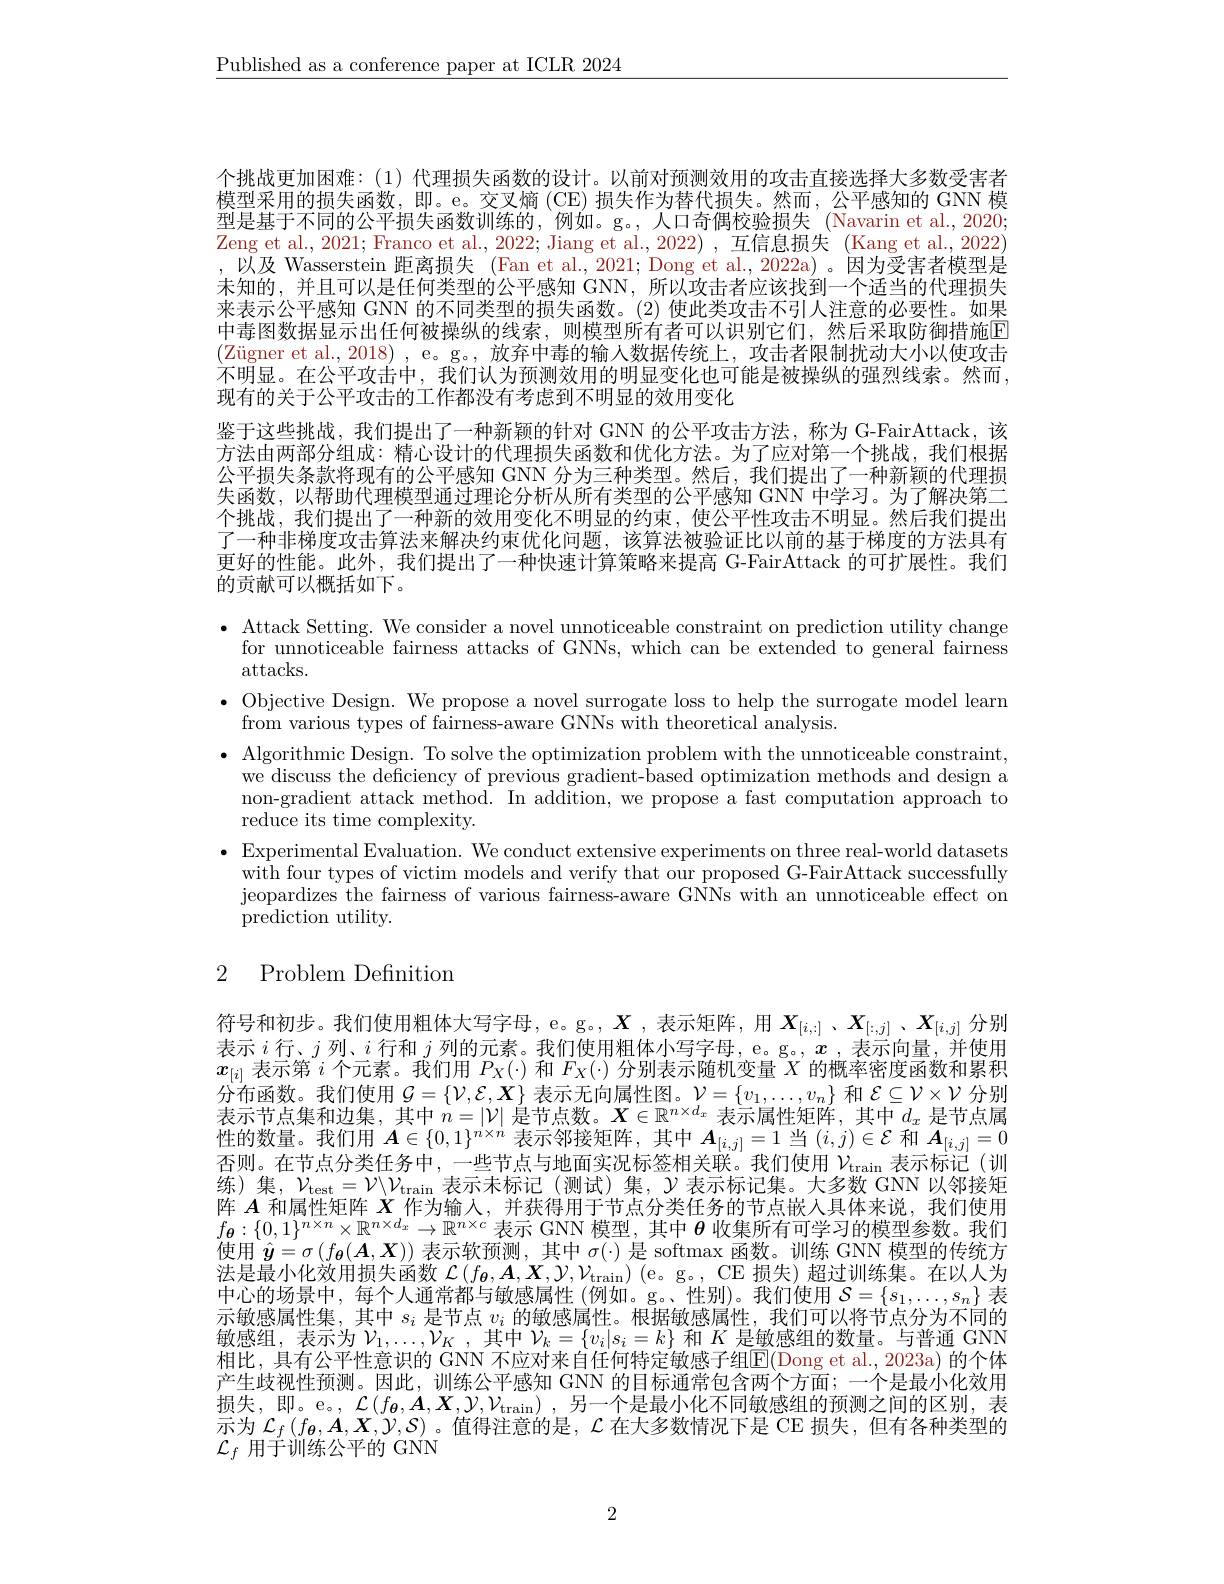
$\underline{\text{Published as a conference paper at ICLR 2024}}$

个挑战更加困难：(1)代理损失函数的设计。以前对预测效用的攻击直接选择大多数受害者模型采用的损失函数，即。e。交叉熵(CE)损失作为替代损失。然而，公平感知的 GNN 模型是基于不同的公平损失函数训练的，例如。g。,人口奇偶校验损失 (Navarin et al., 2020; Zeng et al., 2021; Franco et al., 2022; Jiang et al., 2022) , 互信息损失 (Kang et al., 2022) ,以及 Wasserstein 距离损失 (Fan et al., 2021; Dong et al., 2022a)。因为受害者模型是未知的，并且可以是任何类型的公平感知 GNN,所以攻击者应该找到一个适当的代理损失来表示公平感知 GNN 的不同类型的损失函数。(2) 使此类攻击不引人注意的必要性。如果中毒图数据显示出任何被操纵的线索，则模型所有者可以识别它们，然后采取防御措施$\color{red}{\mathrm{E}}$ (Zügner et al.,2018) , e。g。, 放弃中毒的输入数据传统上，攻击者限制扰动大小以使攻击不明显。在公平攻击中，我们认为预测效用的明显变化也可能是被操纵的强烈线索。然而， 现有的关于公平攻击的工作都没有考虑到不明显的效用变化
鉴于这些挑战，我们提出了一种新颖的针对 GNN 的公平攻击方法，称为 G-FairAttack,该方法由两部分组成：精心设计的代理损失函数和优化方法。为了应对第一个挑战，我们根据公平损失条款将现有的公平感知 GNN 分为三种类型。然后，我们提出了一种新颖的代理损失函数，以帮助代理模型通过理论分析从所有类型的公平感知 GNN 中学习。为了解决第二个挑战，我们提出了一种新的效用变化不明显的约束，使公平性攻击不明显。然后我们提出了一种非梯度攻击算法来解决约束优化问题，该算法被验证比以前的基于梯度的方法具有更好的性能。此外，我们提出了一种快速计算策略来提高 G-FairAttack 的可扩展性。我们的贡献可以概括如下。

$\bullet$ Attack Setting. We consider a novel unnoticeable constraint on prediction utility change
for unnoticeable fairness attacks of GNNs, which can be extended to general fairness
$\operatorname{attacks.}$
$\bullet$ Objective Design. We propose a novel surrogate loss to help the surrogate model learn
from various types of fairness-aware GNNs with theoretical analysis.
$\bullet$ Algorithmic Design. To solve the optimization problem with the unnoticeable constraint,
we discuss the deficiency of previous gradient-based optimization methods and design a non-gradient attack method. In addition, we propose a fast computation approach to reduce its time complexity.
$\bullet$ Experimental Evaluation. We conduct extensive experiments on three real-world datasets
with four types of victim models and verify that our proposed G-FairAttack successfully jeopardizes the fairness of various fairness-aware GNNs with an unnoticeable effect on prediction utility.

# 2 Problem Definition

符号和初步。我们使用粗体大写字母，e。g。$X$ ,表示矩阵，用$X_{[i,:]}$ 、$X_{[i,j]}$ 、$X_{[i,j]}$分别表示$i$行、$j$列、$i$行和$j$列的元素。我们使用粗体小写字母，e。g。$,x$ ,表示向量，并使用$x_{[i]}$表示第$i$个元素。我们用$P_X(\cdot)$和$F_X(\cdot)$分别表示随机变量$X$的概率密度函数和累积分布函数。我们使用$\mathcal{G}=\left\{\mathcal{V},\mathcal{E},\boldsymbol{X}\right\}$表示无向属性图。$\mathcal{V}=\left\{v_1,\ldots,v_n\right\}$和$\mathcal{E}\subseteq\mathcal{V}\times\mathcal{V}$分别表示节点集和边集，其中$n=|\mathcal{V}|$是节点数。$\boldsymbol X\in\mathbb{R}^n\times d_x$表示属性矩阵，其中$d_x$是节点属性的数量。我们用$A\in\{0,1\}^{n\times n}$表示邻接矩阵，其中$A_[i,j]=1$当$(i,j)\in\mathcal{E}$和$A_{[i,j]}=0$ 否则。在节点分类任务中，一些节点与地面实况标签相关联。我们使用$\nu_\mathrm{train}$表示标记(训练)集，$\mathcal{V} _\mathrm{test}= \mathcal{V} \backslash \mathcal{V} _\mathrm{train}$表示未标记(测试)集，$\mathcal{Y}$表示标记集。大多数 GNN 以邻接矩阵$A$和属性矩阵$X$作为输入，并获得用于节点分类任务的节点嵌人具体来说，我们使用$f_{\boldsymbol{\theta}}:\{0,1\}^{n\times n}\times\mathbb{R}^{n\times d_x}\to\mathbb{R}^{n\times c}$表示 GNN 模型，其中$\boldsymbol{\theta}$收集所有可学习的模型参数。我们使用$\hat{\boldsymbol{y}}=\sigma\left(f_{\boldsymbol{\theta}}(\boldsymbol{A},\boldsymbol{X})\right)$表示软预测，其中$\sigma(\cdot)$是 softmax 函数。训练 GNN 模型的传统方$\bar {\text{法 是 最 小 化 效 用 损 失 函 数 }\mathcal{L} }( f_{\boldsymbol{\theta }}, \boldsymbol{A}, \boldsymbol{X}, \mathcal{V} , \mathcal{V} _{\mathrm{train}})$(e。g。,CE 损失)超过训练集。在以人为中心的场景中，每个人通常都与敏感属性 (例如。g。性别)。我们使用$\mathcal{S}=\{s_1,\ldots,s_n\}$表示敏感属性集，其中$s_i$是节点$v_i$的敏感属性。根据敏感属性，我们可以将节点分为不同的敏感组，表示为$\mathcal{V}_1,\ldots,\mathcal{V}_K$,其中$\mathcal{V}_k=\{v_i|s_i=k\}$和$K$是敏感组的数量。与普通 GNN 相比，具有公平性意识的 GNN 不应对来自任何特定敏感子组$\overline{\mathbb{E}}($Dong et al.,2023a) 的个体产生歧视性预测。因此，训练公平感知 GNN 的目标通常包含两个方面；一个是最小化效用损失，即。e。, $\mathcal{L} \left ( f_{\boldsymbol{\theta }}, \boldsymbol{A}, \boldsymbol{X}, \mathcal{Y} , \mathcal{V} _{\mathrm{train}}\right ) $,另一个是最小化不同敏感组的预测之间的区别，表示为$\mathcal{L}_f\left(f_{\boldsymbol{\theta}},\boldsymbol{A},\boldsymbol{X},\mathcal{Y},\mathcal{S}\right)$。值得注意的是，$\mathcal{L}$在大多数情况下是 CE 损失，但有各种类型的$\mathcal{L}_f$用于训练公平的 GNN

2